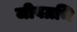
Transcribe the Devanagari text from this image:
जीवग्रथि